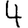
Digit: 4